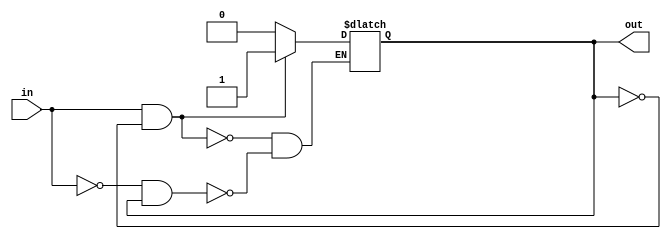
module Schmitt_trigger_inverter(
    input wire in,
    output reg out
);

reg previous_out;

always @(*) begin
    if (in && !previous_out) begin
        out <= 1;
    end else if (!in && previous_out) begin
        out <= 0;
    end
    previous_out <= out;
end

endmodule